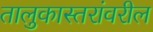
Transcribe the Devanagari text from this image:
तालुकास्तरांवरील